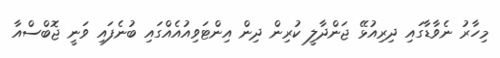
މިހާރު ނެވާޑާގައި ދިރިއުޅޭ ޖަންދާލީ ކުރިން ދިން އިންޓަވިއުއެއްގައި ބުނެފައި ވަނީ ޖޮބްސްއާ